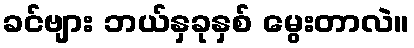
ခင်ဗျား ဘယ်နှခုနှစ် မွေးတာလဲ။